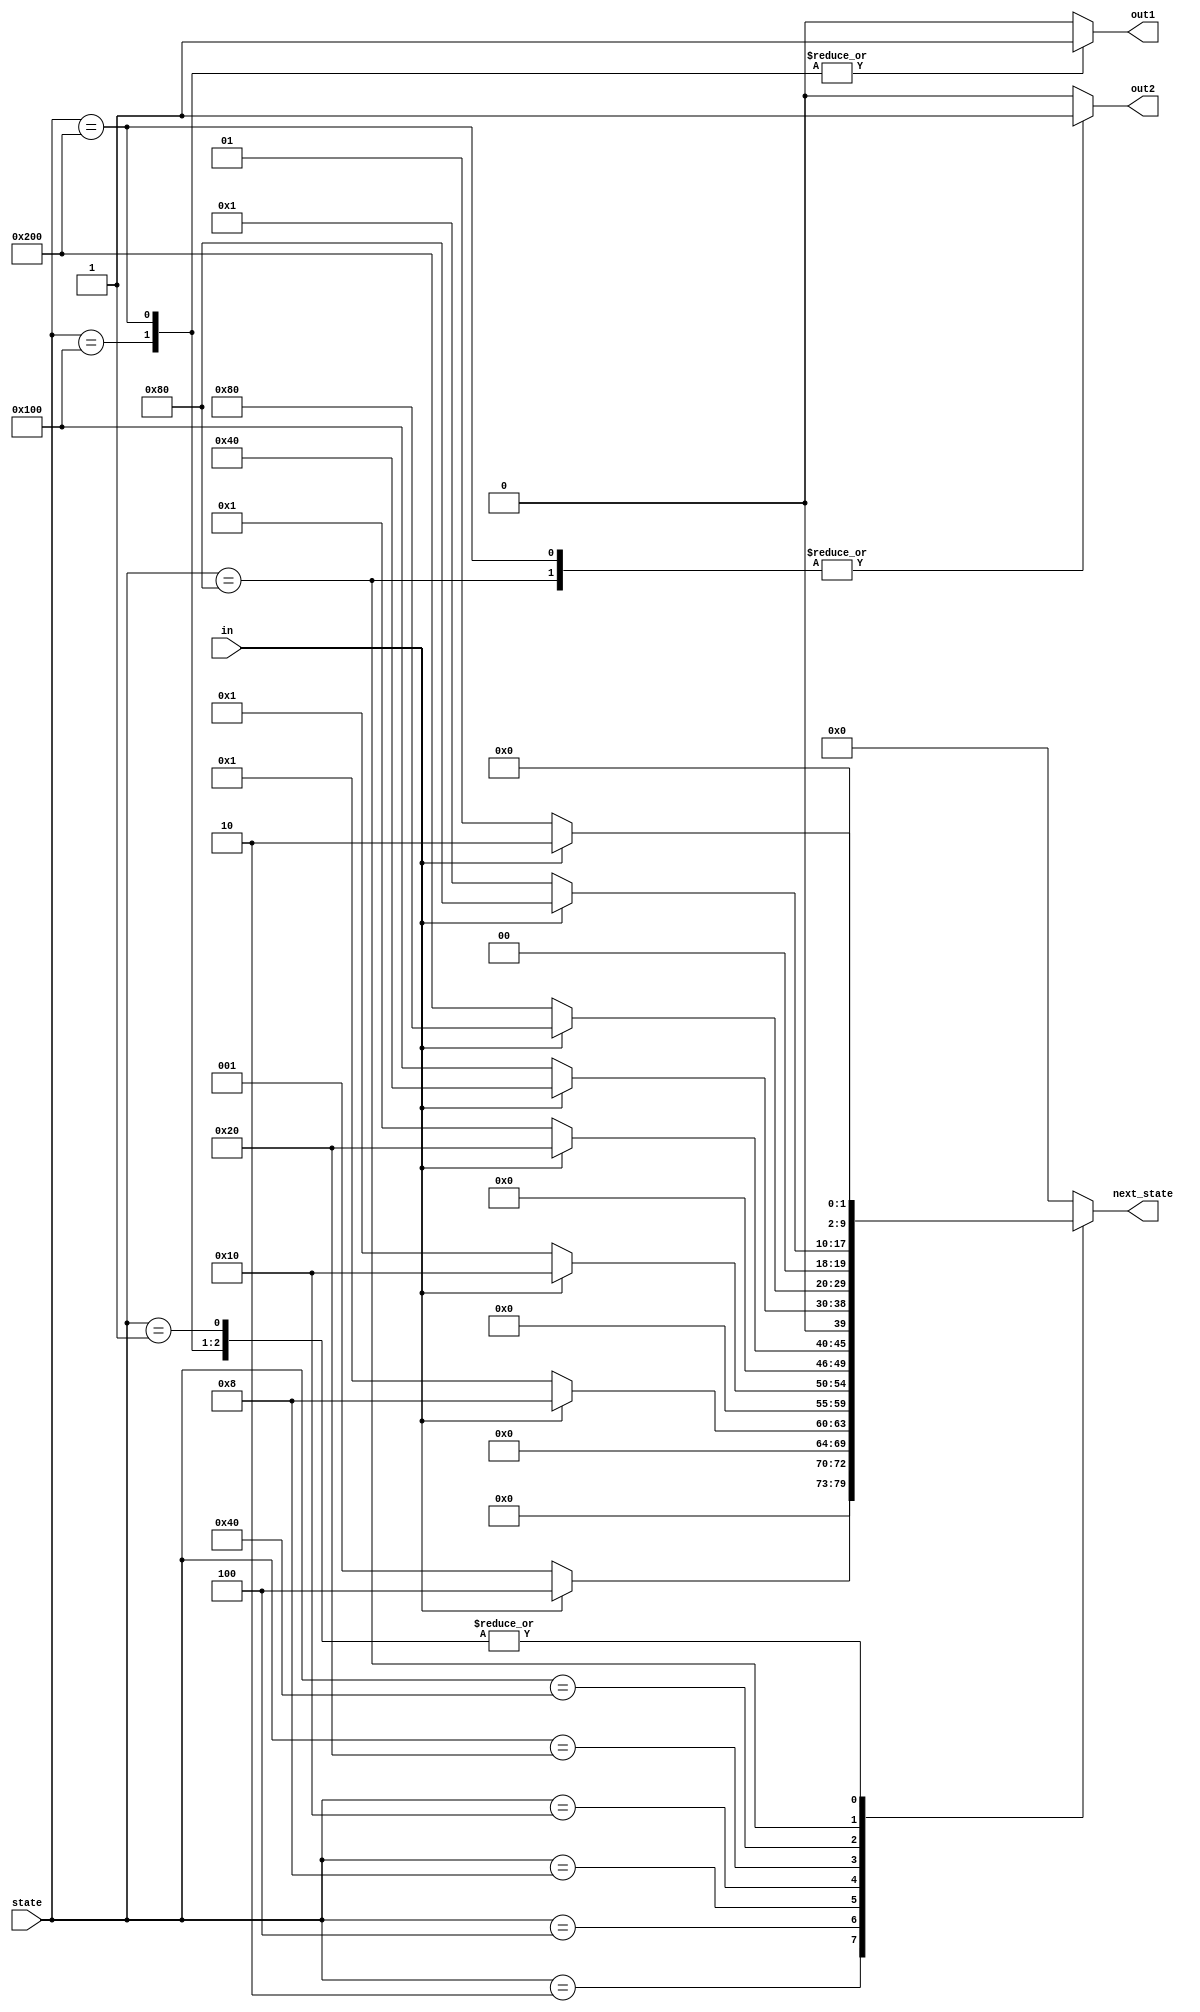
module top_module(
    input in,
    input [9:0] state,
    output [9:0] next_state,
    output out1,
    output out2);

reg [9:0] next_state_reg;
reg out1_reg;
reg out2_reg;

parameter s0 = 10'b00_0000_0001;
parameter s1 = 10'b00_0000_0010;
parameter s2 = 10'b00_0000_0100;
parameter s3 = 10'b00_0000_1000;
parameter s4 = 10'b00_0001_0000;
parameter s5 = 10'b00_0010_0000;
parameter s6 = 10'b00_0100_0000;
parameter s7 = 10'b00_1000_0000;
parameter s8 = 10'b01_0000_0000;
parameter s9 = 10'b10_0000_0000;

always @(*)begin
    next_state_reg = 'b0;
    case (state)
        s0:begin
            if(in)begin
                next_state_reg = s1;
            end
            else begin
                next_state_reg = s0;
            end
            out1_reg = 1'b0;
            out2_reg = 1'b0;
        end
        s1:begin
            if(in)begin
                next_state_reg = s2;
            end
            else begin
                next_state_reg = s0;
            end
            out1_reg = 1'b0;
            out2_reg = 1'b0;
        end

        s2:begin
            if(in)begin
                next_state_reg = s3;
            end
            else begin
                next_state_reg = s0;
            end
            out1_reg = 1'b0;
            out2_reg = 1'b0;
        end

        s3:begin
            if(in)begin
                next_state_reg = s4;
            end
            else begin
                next_state_reg = s0;
            end
            out1_reg = 1'b0;
            out2_reg = 1'b0;
        end

        s4:begin
            if(in)begin
                next_state_reg = s5;
            end
            else begin
                next_state_reg = s0;
            end
            out1_reg = 1'b0;
            out2_reg = 1'b0;
        end

        s5:begin
            if(in)begin
                next_state_reg = s6;
            end
            else begin
                next_state_reg = s8;
            end
            out1_reg = 1'b0;
            out2_reg = 1'b0;
        end

        s6:begin
            if(in)begin
                next_state_reg = s7;
            end
            else begin
                next_state_reg = s9;
            end
            out1_reg = 1'b0;
            out2_reg = 1'b0;
        end

        s7:begin
            if(in)begin
                next_state_reg = s7;
            end
            else begin
                next_state_reg = s0;
            end
            out1_reg = 1'b0;
            out2_reg = 1'b1;
        end

        s8:begin
            if(in)begin
                next_state_reg = s1;
            end
            else begin
                next_state_reg = s0;
            end
            out1_reg = 1'b1;
            out2_reg = 1'b0;
        end

        s9:begin
            if(in)begin
                next_state_reg = s1;
            end
            else begin
                next_state_reg = s0;
            end
            out1_reg = 1'b1;
            out2_reg = 1'b1;
        end

        default:begin
            out1_reg = 1'b0;
            out2_reg = 1'b0;
        end
    endcase
end

assign out1 = out1_reg;
assign out2 = out2_reg;
assign next_state = next_state_reg;
endmodule